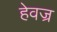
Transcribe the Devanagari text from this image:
हेवज्र